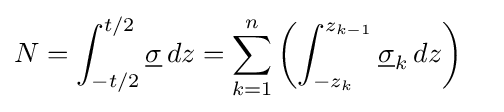
N=\int _{-t/2}^{t/2}{\underline {\sigma }}\,dz=\sum _{k=1}^{n}\left(\int _{-z_{k}}^{z_{k-1}}{\underline {\sigma }}_{k}\,dz\right)\quad